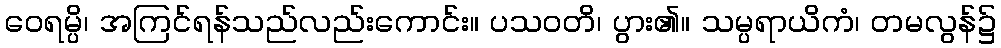
ဝေရမ္ပိ၊ အကြင်ရန်သည်လည်းကောင်း။ ပသဝတိ၊ ပွား၏။ သမ္ပရာယိကံ၊ တမလွန်၌